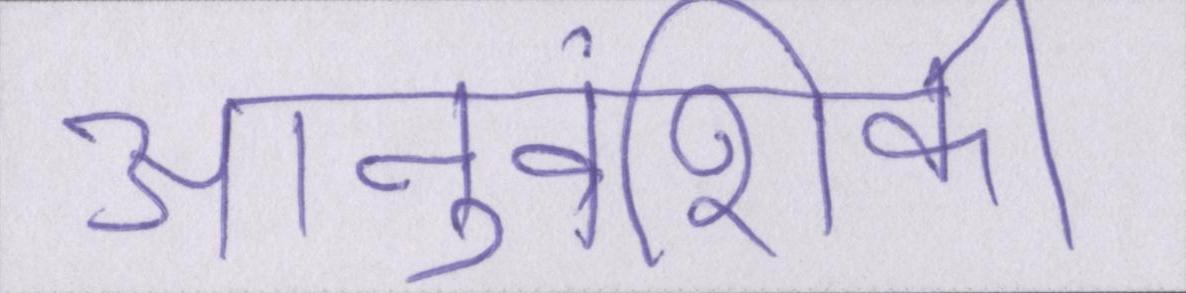
आनुवंशिकी